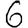
Digit: 6